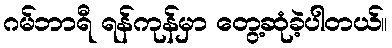
ဂမ်ဘာရီ ရန်ကုန်မှာ တွေ့ဆုံခဲ့ပါတယ်။